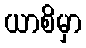
ယာစိမှာ